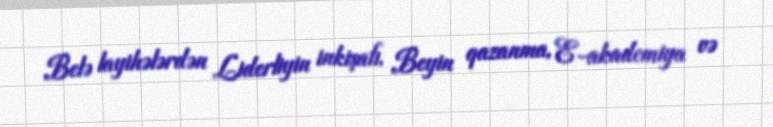
Belə layihələrdən Liderliyin inkişafı, Beyin qazanma, E-akademiya və